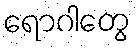
ရောဂါတွေ